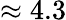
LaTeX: \approx 4.3